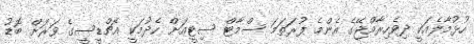
ހުޅުމާލެއަކީ ދިވެހިރާއްޖޭގެ އެންމެ ފުރަތަމަ ސްމާޓް ސިޓީއަށް ހެދުމަކީ އެޗްޑީސީގެ ވަރަށް ބޮޑު